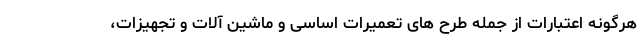
هرگونه اعتبارات از جمله طرح های تعمیرات اساسی و ماشین آلات و تجهیزات،